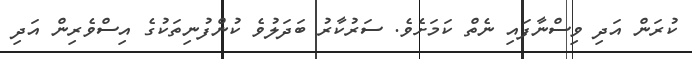
ކުރަން އަދި ވިސްނާފައި ނެތް ކަމަށެވެ. ސަރުކާރު ބަދަލުވެ ކުންފުނިތަކުގެ އިސްވެރިން އަދި